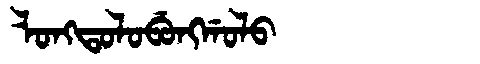
Manchu: ᠯᠣᠩᡨᠣᠯᠣᠪᡠᠩᡤᠣᠯᠣ
Romanization: LONGTOLOBUNGGOLO